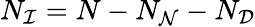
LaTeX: N_{\mathcal{I}}=N-N_{\mathcal{N}}-N_{\mathcal{D}}